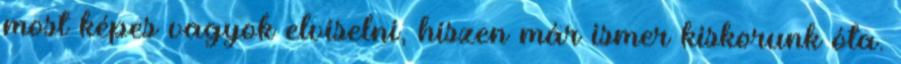
most képes vagyok elviselni, hiszen már ismer kiskorunk óta.